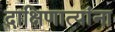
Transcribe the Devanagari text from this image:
दाक्षिणात्यांना